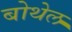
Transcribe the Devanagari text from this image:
बोथेल